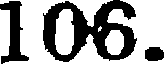
106.